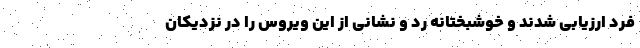
فرد ارزیابی شدند و خوشبختانه رد و نشانی از این ویروس را در نزدیکان